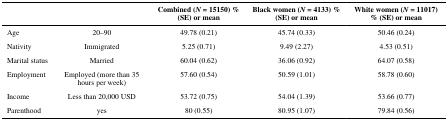
<table><thead><tr><td></td><td></td><td><b>Combined (<i>N</i> = 15150) % (SE) or mean</b></td><td><b>Black women (<i>N</i> = 4133) % (SE) or mean</b></td><td><b>White women (<i>N</i> = 11017) % (SE) or mean</b></td></tr></thead><tbody><tr><td>Age</td><td>20–90</td><td>49.78 (0.21)</td><td>45.74 (0.33)</td><td>50.46 (0.24)</td></tr><tr><td>Nativity</td><td>Immigrated</td><td>5.25 (0.71)</td><td>9.49 (2.27)</td><td>4.53 (0.51)</td></tr><tr><td>Marital status</td><td>Married</td><td>60.04 (0.62)</td><td>36.06 (0.92)</td><td>64.07 (0.58)</td></tr><tr><td>Employment</td><td>Employed (more than 35 hours per week)</td><td>57.60 (0.54)</td><td>50.59 (1.01)</td><td>58.78 (0.60)</td></tr><tr><td>Income</td><td>Less than 20,000 USD</td><td>53.72 (0.75)</td><td>54.04 (1.39)</td><td>53.66 (0.77)</td></tr><tr><td>Parenthood</td><td>yes</td><td>80 (0.55)</td><td>80.95 (1.07)</td><td>79.84 (0.56)</td></tr></tbody></table>